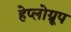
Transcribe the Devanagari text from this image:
हेप्लोग्रूप